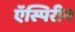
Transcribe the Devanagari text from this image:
ऍस्पिरीन